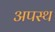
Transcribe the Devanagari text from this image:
अपस्थ